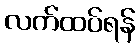
လက်ထပ်ရန်